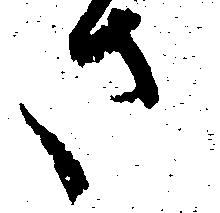
さ